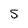
Character: 5